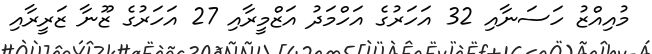
މުއިއްޒު ހަސަނާއި 32 އަހަރުގެ އަހްމަދު އަޒްމީރާއި 27 އަހަރުގެ ޒޫނާ ޒަރީރާއި